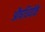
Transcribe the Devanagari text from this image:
औषधियोंके